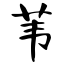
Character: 苇